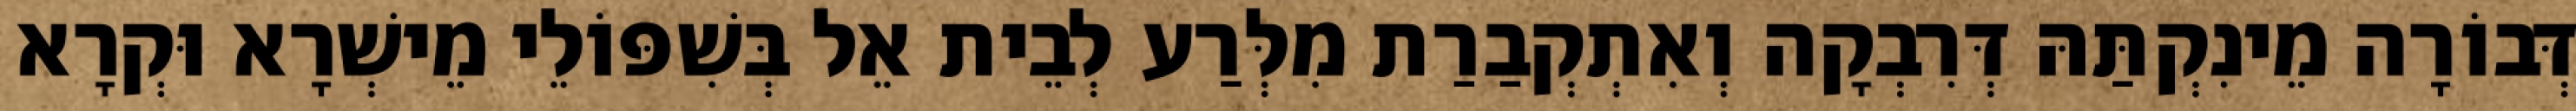
דְּבוֹרָה מֵינִקְתַּהּ דְּרִבְקָה וְאִתְקְבַרַת מִלְּרַע לְבֵית אֵל בְּשִׁפּוֹלֵי מֵישְׁרָא וּקְרָא